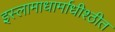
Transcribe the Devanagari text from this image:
इस्लामाधार्माधीश्ठीत